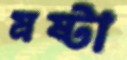
স্রষ্টা